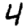
Digit: 4